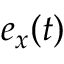
e _ { x } ( t )